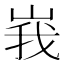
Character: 峩